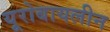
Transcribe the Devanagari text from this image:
यूरोबायलीन